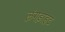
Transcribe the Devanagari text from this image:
लंगड़ाहट